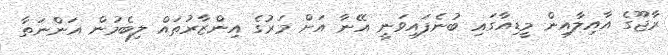
ރާޖޫގެ އާއިލާއިން މީޑިއާގައި ބުނެފައިވަނީ އޭނާ އަށް މަރުގެ އިންޒާރުތައް ލިބެމުން އަންނަތާ